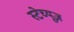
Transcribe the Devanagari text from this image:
स्टेच्यूज़